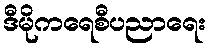
ဒီမိုကရေစီပညာရေး